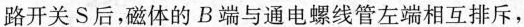
路开关S后，磁体的B端与通电螺线管左端相互排斥，